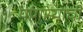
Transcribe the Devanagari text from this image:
पांगाऱ्याची